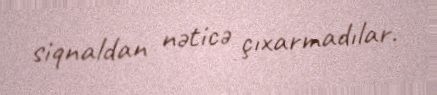
siqnaldan nəticə çıxarmadılar.